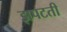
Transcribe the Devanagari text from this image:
झपटती